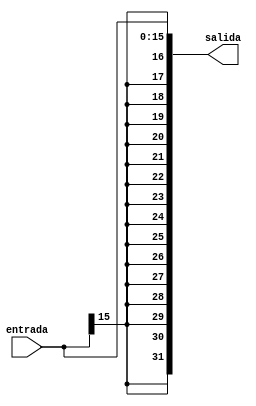
module SignExtended(
	input [15:0]entrada,
	output [31:0]salida
);

assign salida = { {16{entrada[15]}} ,entrada} ; //Se le concatenan 16 bits iguales 
															  //al bit en la posicion [15] y 
															  //despues se le concatena los bits 
															  //de entrada

endmodule